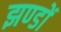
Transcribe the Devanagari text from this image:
झण्‍डों